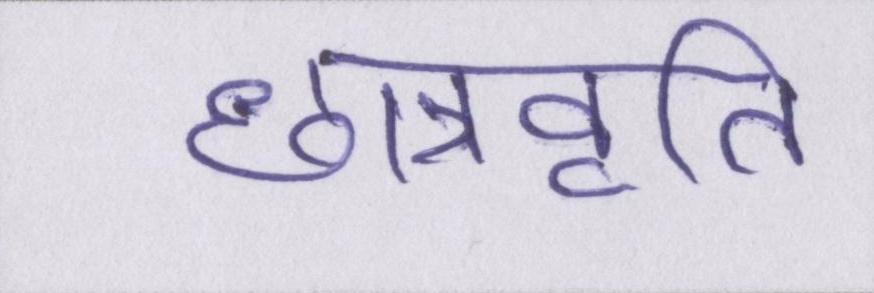
छात्रवृति